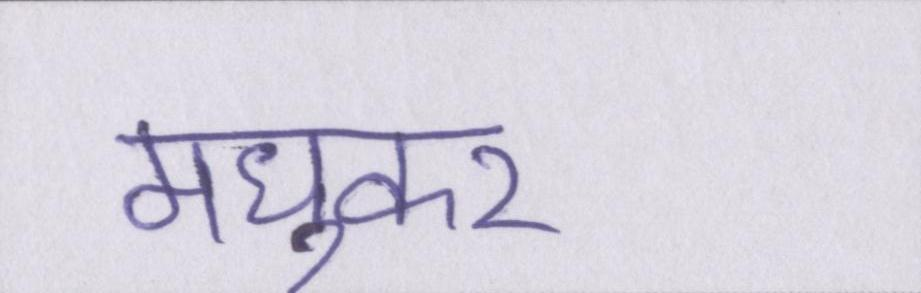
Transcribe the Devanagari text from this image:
मध्ुकर